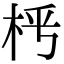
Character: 𣐰